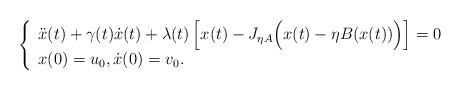
\begin{align*}\left\{\begin{array}{ll}\ddot x(t) + \gamma(t)\dot x(t) + \lambda(t)\left[x(t)-J_{\eta A}\Big(x(t)-\eta B(x(t))\Big)\right]=0\\x(0)=u_0, \dot x(0)=v_0.\end{array}\right.\end{align*}